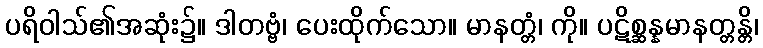
ပရိဝါသ်၏အဆုံး၌။ ဒါတဗ္ဗံ၊ ပေးထိုက်သော။ မာနတ္တံ၊ ကို။ ပဋိစ္ဆန္နမာနတ္တန္တိ၊